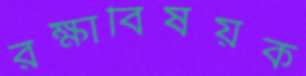
রক্ষাবিষয়ক